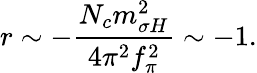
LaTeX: r\sim-\frac{N_{c}m_{\sigma H}^{2}}{4\pi^{2}f_{\pi}^{2}}\sim-1.